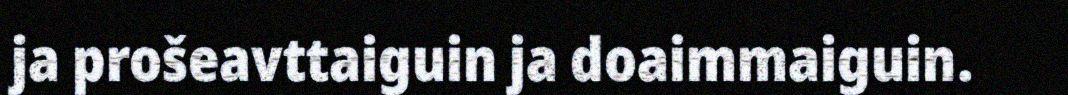
ja prošeavttaiguin ja doaimmaiguin.